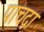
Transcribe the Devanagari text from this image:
पाचदा